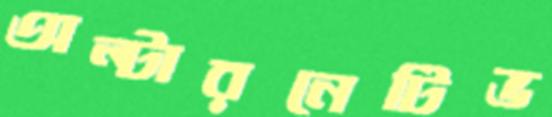
অল্টারনেটিভ